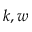
k , w